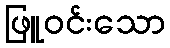
ဖြူဝင်းသော